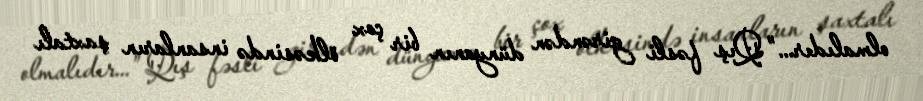
olmalıdır...” Qış fəsli girəndən dünyanın bir çox ölkəsində insanların şaxtalı